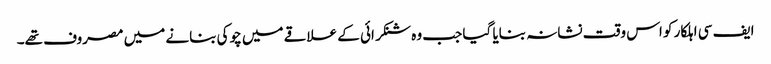
ایف سی اہلکار کو اس وقت نشانہ بنایا گیا جب وہ شنکرائی کے علاقے میں چوکی بنانے میں مصروف تھے۔